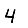
Digit: 4